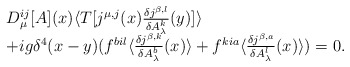
\begin{align*}\begin{array}{l}D_{\mu}^{ij}[A](x)\langle T[j^{\mu ,j}(x)\frac{\delta j^{\beta,l}}{\delta A_{\lambda}^k}(y)]\rangle\\+ig\delta ^4(x-y)(f^{bil}\langle\frac{\delta j^{\beta,k}}{\delta A_{\lambda}^b}(x)\rangle+f^{kia}\langle\frac{\delta j^{\beta,a}}{\delta A_{\lambda}^l}(x)\rangle)=0.\end{array}\end{align*}